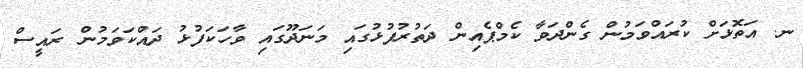
ނ. އަތޮޅަށް ކުރައްވަމުން ގެންދަވާ ކެމްޕެއިން ދަތުރުފުޅުގައި މަނަދޫގައި ވާހަކަފުޅު ދައްކަވަމުން ރައީސް